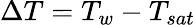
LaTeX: \Delta T=T_{w}-T_{sat}